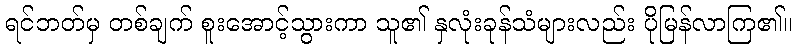
ရင်ဘတ်မှ တစ်ချက် စူးအောင့်သွားကာ သူ၏ နှလုံးခုန်သံများလည်း ပိုမြန်လာကြ၏။